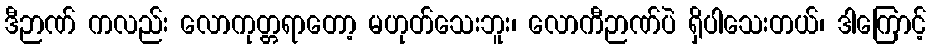
ဒီဉာဏ် ကလည်း လောကုတ္တရာတော့ မဟုတ်သေးဘူး၊ လောကီဉာဏ်ပဲ ရှိပါသေးတယ်၊ ဒါကြောင့်